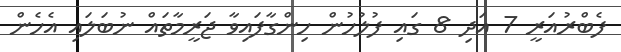
ފެބްރުއަރީ 7 އަދި 8 ގައި ފުލުހުން ހިންގާފައިވާ ޖަރީމާތައް ނުބަލައި އެހެން